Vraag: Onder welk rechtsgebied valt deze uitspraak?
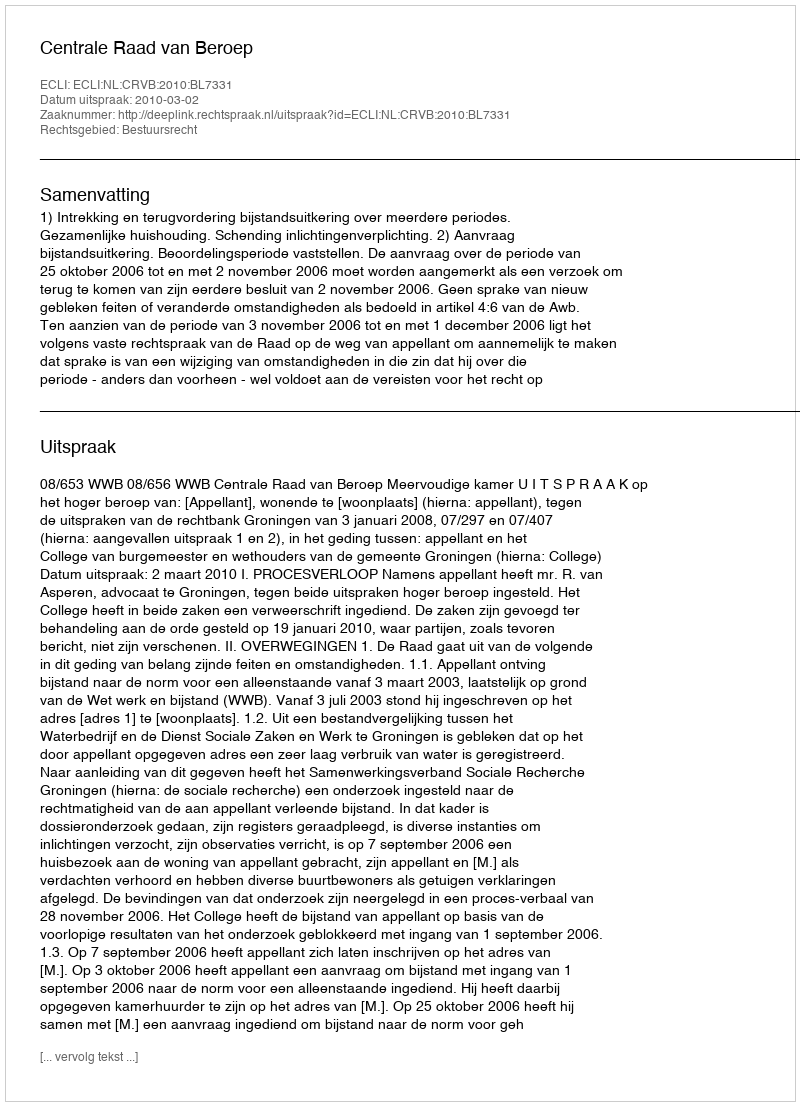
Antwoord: Bestuursrecht